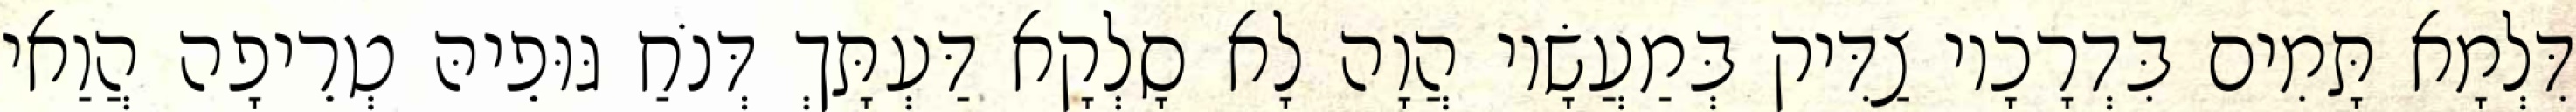
דִּלְמָא תָּמִים בִּדְרָכָיו צַדִּיק בְּמַעֲשָׂיו הֲוָה לָא סָלְקָא דַּעְתָּךְ דְּנֹחַ גּוּפֵיהּ טְרֵיפָה הֲוַאי